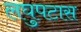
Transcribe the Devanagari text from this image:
लघुपटास